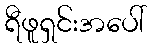
ရီဖူရှင်းအပေါ်